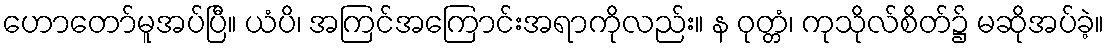
ဟောတော်မူအပ်ပြီ။ ယံပိ၊ အကြင်အကြောင်းအရာကိုလည်း။ န ဝုတ္တံ၊ ကုသိုလ်စိတ်၌ မဆိုအပ်ခဲ့။